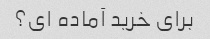
برای خرید آماده ای؟